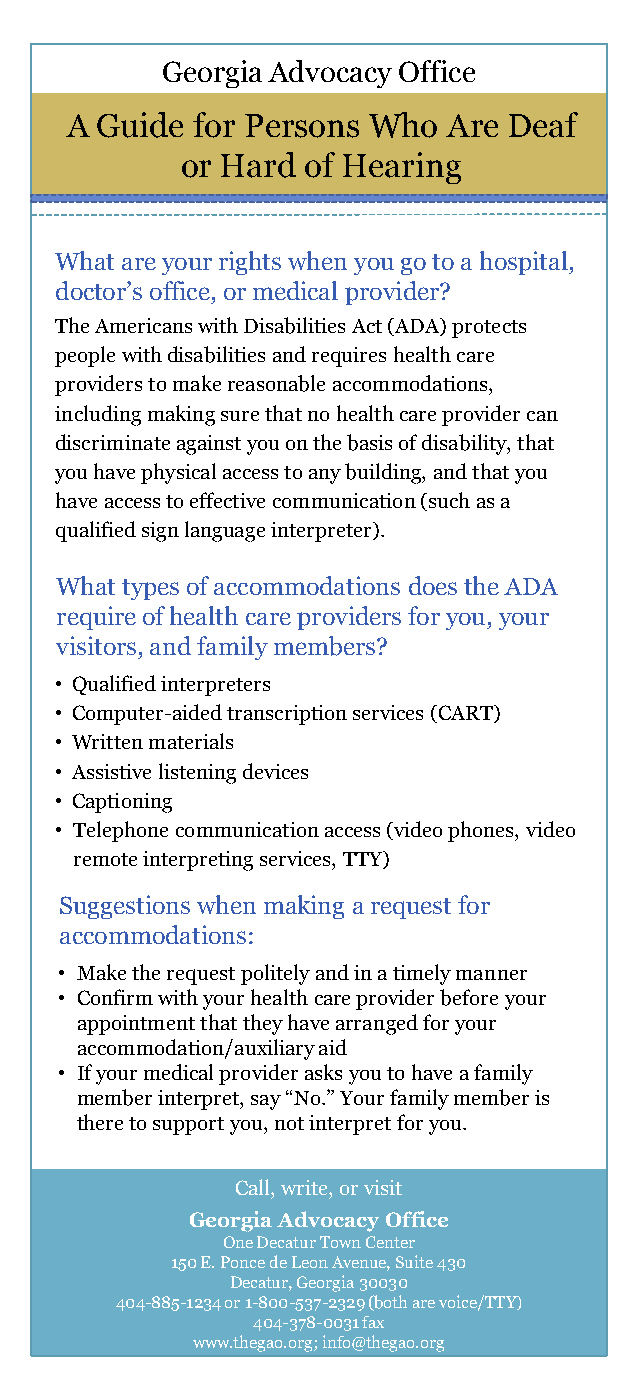
Georgia Advocacy Office
 A Guide  for Persons Who  Are Deaf
 or Hard of Hearing
 What are your rights when you go to a hospital,
 doctor’s office, or medical provider?
 The Americans with Disabilities Act (ADA) protects
 people with disabilities and requires health care
 providers to make reasonable accommodations,
 including making sure that no health care provider can
 discriminate against you on the basis of disability, that
 you have physical access to any building, and that you
 have access to effective communication (such as a
 qualified sign language interpreter).
 What types of accommodations does the ADA
 require of health care providers for you, your
 visitors, and family members?
 • Qualified interpreters
 • Computer-aided transcription services (CART)
 • Written materials
 • Assistive listening devices
 • Captioning
 • Telephone communication access (video phones, video
 remote interpreting services, TTY)
 Suggestions when making a request for
 accommodations:
 • Make the request politely and in a timely manner
 • Confirm with your health care provider before your
 appointment that they have arranged for your
 accommodation/auxiliary aid
 • If your medical provider asks you to have a family
 member interpret, say “No.” Your family member is
 there to support you, not interpret for you.
 Call, write, or visit
 Georgia Advocacy Office
 One Decatur Town Center
 150 E. Ponce de Leon Avenue, Suite 430
 Decatur, Georgia 30030
 404-885-1234 or 1-800-537-2329 (both are voice/TTY)
 404-378-0031 fax
 www.thegao.org; info@thegao.org